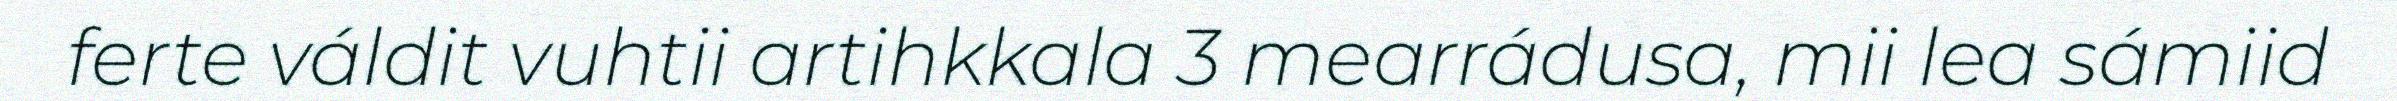
ferte váldit vuhtii artihkkala 3 mearrádusa, mii lea sámiid